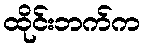
ထိုင်းဘက်က